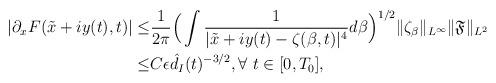
LaTeX: \begin{align*}|\partial_x F(\tilde{x}+iy(t),t)|\leq &\frac{1}{2\pi}\Big(\int \frac{1}{|\tilde{x}+iy(t)-\zeta(\beta,t)|^4}d\beta\Big)^{1/2}\|\zeta_{\beta}\|_{L^{\infty}}\|\mathfrak{F}\|_{L^2}\\\leq & C\epsilon \hat{d}_I(t)^{-3/2}, \forall~t\in [0,T_0],\end{align*}